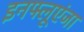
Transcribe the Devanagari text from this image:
इनफ्लूएंजा